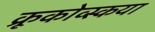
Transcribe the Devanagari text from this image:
क्रूकोव्स्कया